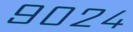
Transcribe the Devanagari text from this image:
९०२४